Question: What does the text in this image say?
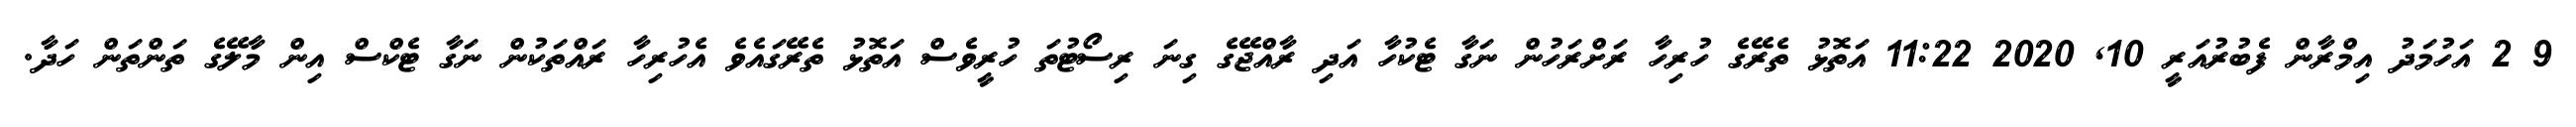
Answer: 9 2 އަހުމަދު އިމްރާން ފެބުރުއަރީ 10, 2020 11:22 އަތޮޅު ތެރޭގެ ހުރިހާ ރަށްރަހުން ނަގާ ޓެކުހާ އަދި ރާއްޖޭގެ ގިނަ ރިސޯޓުތަ ހުރީވެސް އަތޮޅު ތެރޭގައެވެ އެހުރިހާ ރައްތަކުން ނަގާ ޓެކްސް އިން މާލޭގެ ތަންތަން ހަދާ.